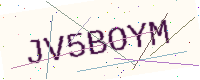
Text: JV5BOYM